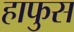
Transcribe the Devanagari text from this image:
हाफुस